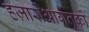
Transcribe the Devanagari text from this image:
हज़ारोंआगंतुकों